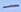
Text: -